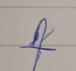
Signature authenticity: forged